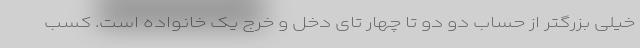
خیلی بزرگتر از حساب دو دو تا چهار تای دخل و خرج یک خانواده است. کسب